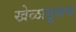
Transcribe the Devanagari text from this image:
खेळाडूसच